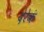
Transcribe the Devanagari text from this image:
देरेकं